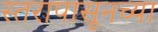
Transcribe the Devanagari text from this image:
स्तरापासूनच्या